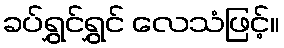
ခပ်ရွှင်ရွှင် လေသံဖြင့်။